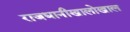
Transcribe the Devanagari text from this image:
राजधानीखालोखाल